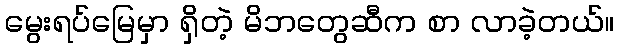
မွေးရပ်မြေမှာ ရှိတဲ့ မိဘတွေဆီက စာ လာခဲ့တယ်။